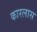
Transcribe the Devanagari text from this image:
कारलास